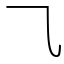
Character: ⺄